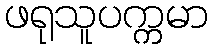
ဖရုသူပက္ကမာ